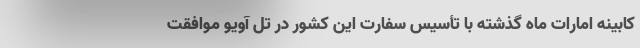
کابینه امارات ماه گذشته با تأسیس سفارت این کشور در تل آویو موافقت